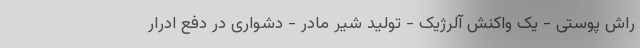
راش پوستی - یک واکنش آلرژیک - تولید شیر مادر - دشواری در دفع ادرار